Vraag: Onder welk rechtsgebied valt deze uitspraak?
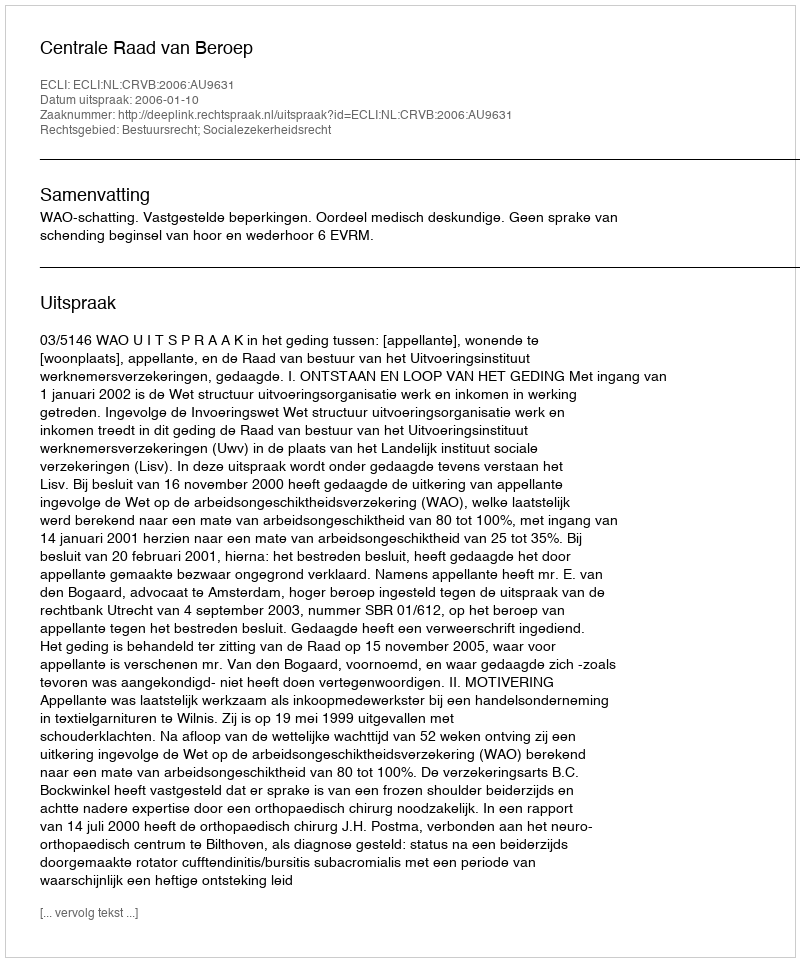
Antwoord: Bestuursrecht; Socialezekerheidsrecht